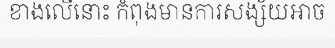
ខាងលើនោះ កំពុងមានការសង្ស័យអាច